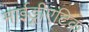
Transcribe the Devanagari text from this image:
माईड्रीएटिक